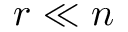
r \ll n